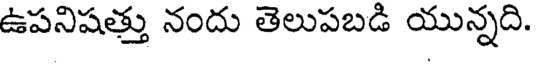
ఉపనిషత్తు నందు తెలుపబడి యున్నది.